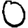
Digit: 0